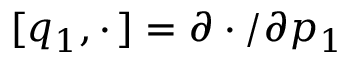
[ q _ { 1 } , \cdot \, ] = \partial \cdot / \partial p _ { 1 }